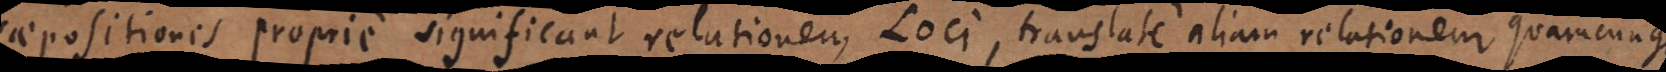
aepositiones proprie significant relationem Loci, translate aliam relationem quamcunque.